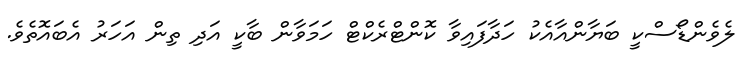
ލެވެންޑޯސްކީ ބަޔާންއާއެކު ހަދާފައިވާ ކޮންޓްރެކްޓް ހަމަވާން ބާކީ އަދި ތިން އަހަރު އެބައޮތެވެ.